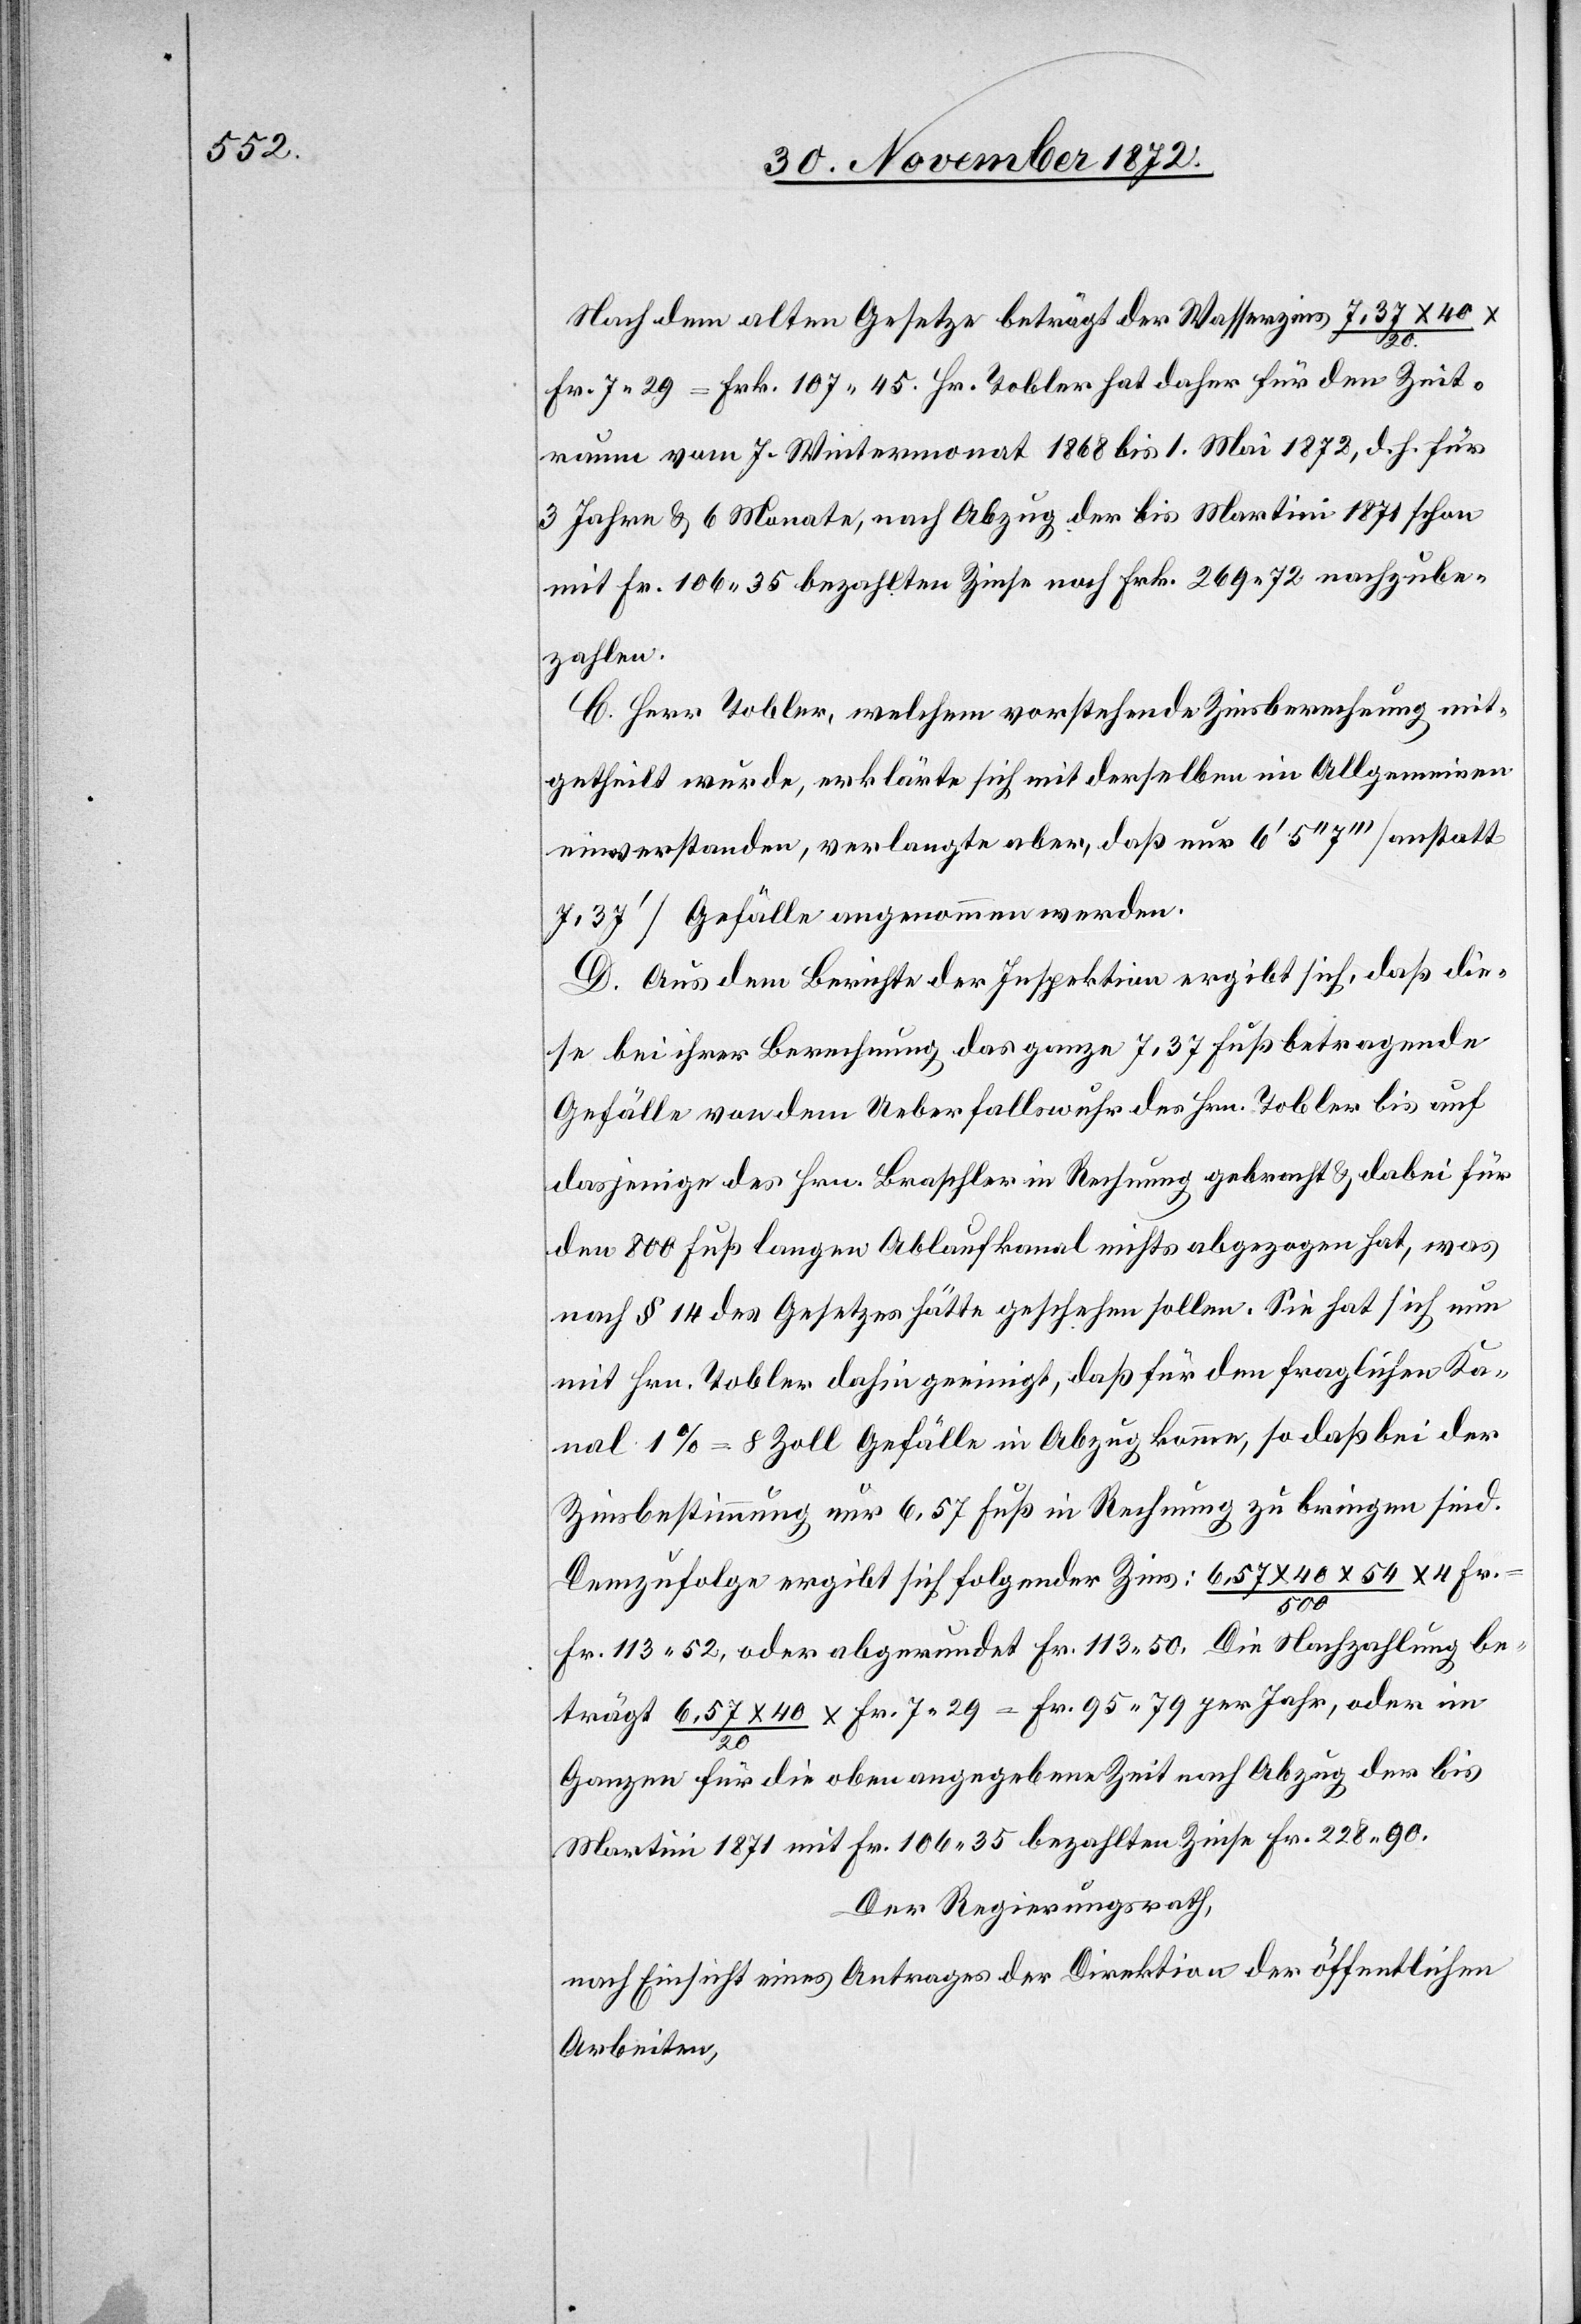
Nach dem alten Gesetze beträgt der Wasserzins 7,37 x 40
Fr. 7 29 = Frk. 107 45. Hr. Tobler hat daher für den Zeit¬
raum vom 7. Wintermonat 1868 bis 1. Mai 1872, d. h. für
3 Jahre u. 6 Monate, nach Abzug der bis Martini 1871 schon
mit Fr. 106 35 bezahlten Zinse noch Frk. 269 72 nachzube¬
zahlen.
C. Herr Tobler, welchem vorstehende Zinsberechnung mit¬
getheilt wurde, erklärte sich mit derselben im Allgemeinen
einverstanden, verlangte aber, daß nur 6’ 5’’ 7’’’ [anstatt
7,37’] Gefälle angenommen werden.
D. Aus dem Berichte der Inspektion ergibt sich, daß die¬
se bei ihrer Berechnung das ganze 7,37 Fuß betragende
Gefälle von dem Ueberfallswuhr des Hrn. Tobler bis auf
dasjenige des Hrn. Braschler in Rechnung gebracht u. dabei für
den 800 Fuß langen Ablaufkanal nichts abgezogen hat, was
nach § 14 des Gesetzes hätte geschehen sollen. Sie hat sich nun
mit Hrn. Tobler dahin geeinigt, daß für den fraglichen Ka¬
nal 1% = 8 Zoll Gefälle in Abzug komme, so daß bei der
Zinsbestimmung nur 6,57 Fuß in Rechnung zu bringen sind.
Demzufolge ergibt sich folgender Zins: 6,57 x 40 x 54 /
500
Fr. 113 52, oder abgerundet Fr. 113 50. Die Nachzahlung be¬
trägt 6,57 x 40 / 20 x Fr. 7 29 = Fr. 95 79 per Jahr, oder im
Ganzen für die oben angegebene Zeit nach Abzug der bis
Martini 1871 mit Fr. 106 35 bezahlten Zinse Fr. 228 90.
Der Regierungsrath,
nach Einsicht eines Antrages der Direktion der öffentlichen
Arbeiten,